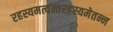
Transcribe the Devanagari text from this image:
रहस्यमत्यन्तरहस्यमेतन्न